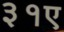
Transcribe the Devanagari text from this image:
३१ए